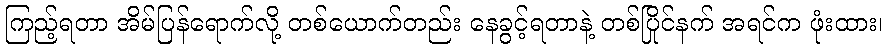
ကြည့်ရတာ အိမ်ပြန်ရောက်လို့ တစ်ယောက်တည်း နေခွင့်ရတာနဲ့ တစ်ပြိုင်နက် အရင်က ဖုံးထား၊